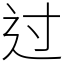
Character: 过